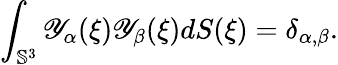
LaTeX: \int_{{\mathbb S}^{3}}{\mathscr Y}_{\alpha}(\xi){\mathscr Y}_{\beta}(\xi)dS(\xi)=\delta_{\alpha,\beta}.